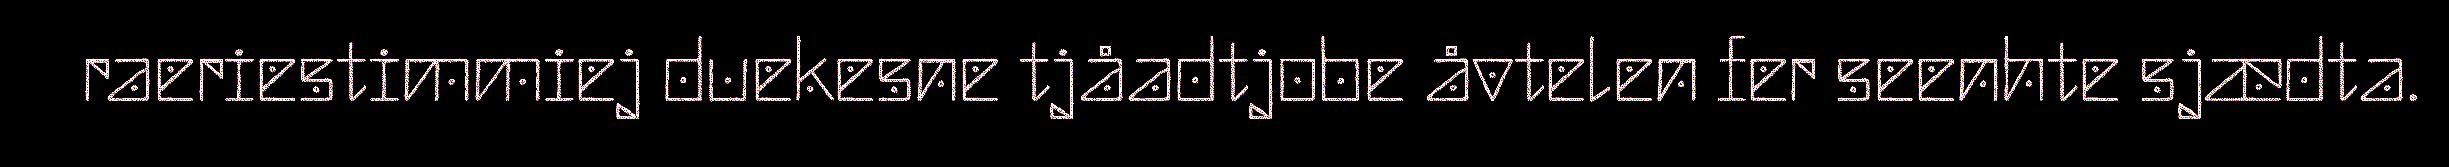
raeriestimmiej duekesne tjåadtjobe åvtelen fer seenhte sjædta.